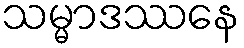
သမ္မာဒဿနေ